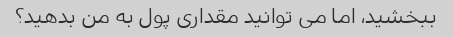
ببخشید، اما می توانید مقداری پول به من بدهید؟